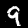
Digit: 9